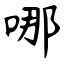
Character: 哪